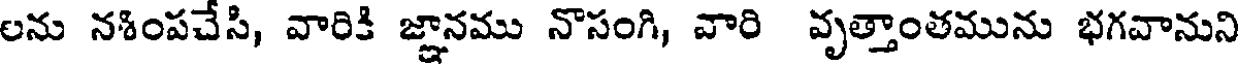
లను నశింపచేసి, వారికి జ్ఞానము నొసంగి, వారి వృత్తాంతమును భగవానుని